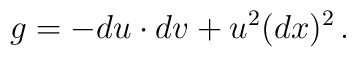
g = -du\cdot dv + u^2(dx)^2\,.